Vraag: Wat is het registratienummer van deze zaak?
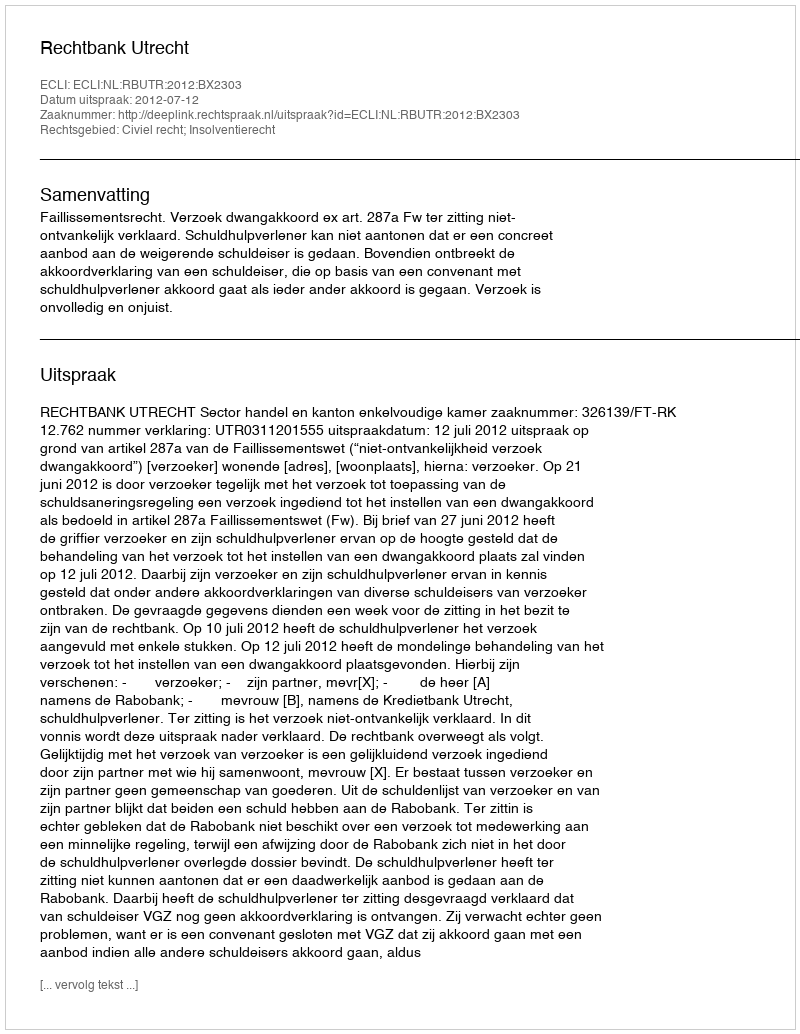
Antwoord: http://deeplink.rechtspraak.nl/uitspraak?id=ECLI:NL:RBUTR:2012:BX2303